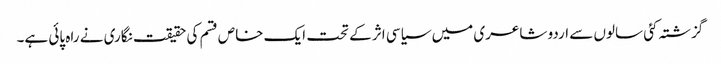
گزشتہ کئی سالوں سے اردو شاعری میں سیاسی اثر کے تحت ایک خاص قسم کی حقیقت نگاری نے راہ پائی ہے۔